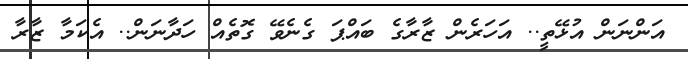
އަންނަން އުޅޭތީ.. އަހަރެން ޒާރާގެ ބައްޕަ ގެނެވޭ ގޮތެއް ހަދާނަން.. އެކަމާ ޒާރާ